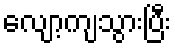
လျော့ကျသွားပြီး